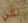
لكن